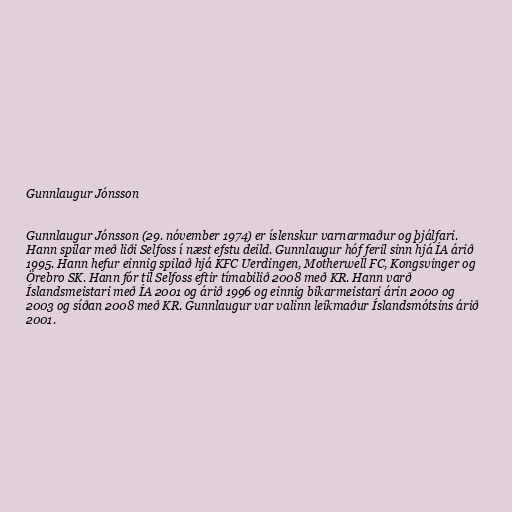
Gunnlaugur Jónsson

Gunnlaugur Jónsson (29. nóvember 1974) er íslenskur varnarmaður og þjálfari.
Hann spilar með liði Selfoss í næst efstu deild. Gunnlaugur hóf feril sinn hjá ÍA árið
1995. Hann hefur einnig spilað hjá KFC Uerdingen, Motherwell FC, Kongsvinger og
Örebro SK. Hann fór til Selfoss eftir tímabilið 2008 með KR. Hann varð
Íslandsmeistari með ÍA 2001 og árið 1996 og einnig bikarmeistari árin 2000 og
2003 og síðan 2008 með KR. Gunnlaugur var valinn leikmaður Íslandsmótsins árið
2001.